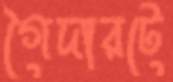
গৈদারটে